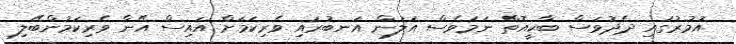
އުމުރުގައި ދެދުވަސް ބާކީއޮތް ނަމަވެސް އަލުން އަނބުރައި ވެރިކަމަށް އައިސް އޭނާ ވެރިކަމުންބޭލި